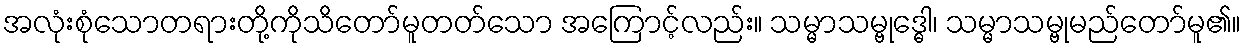
အလုံးစုံသောတရားတို့ကိုသိတော်မူတတ်သော အကြောင့်လည်း။ သမ္မာသမ္ဗုဒ္ဓေါ၊ သမ္မာသမ္ဗုမည်တော်မူ၏။